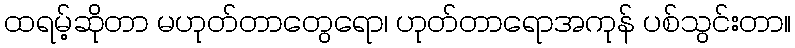
ထရမ့်ဆိုတာ မဟုတ်တာတွေရော၊ ဟုတ်တာရောအကုန် ပစ်သွင်းတာ။